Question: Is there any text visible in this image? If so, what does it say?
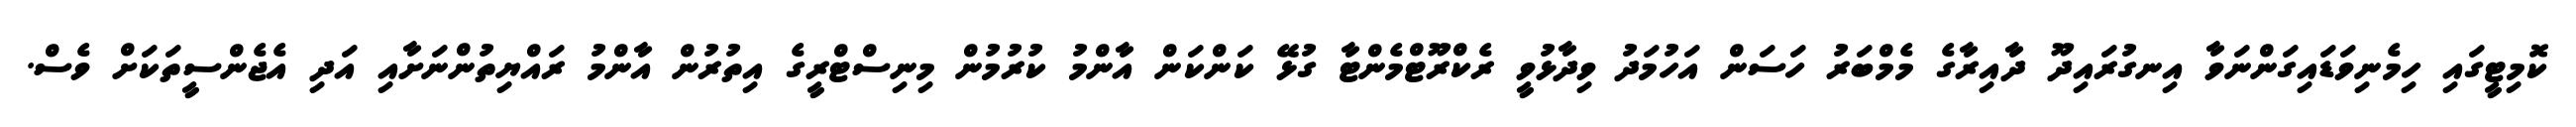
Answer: ކޮމިޓީގައި ހިމެނިވަޑައިގަންނަވާ އިނގުރައިދޫ ދާއިރާގެ މެމްބަރު ހަސަން އަހުމަދު ވިދާޅުވީ ރެކްރޫޓްމެންޓާ ގުޅޭ ކަންކަން އާންމު ކުރުމުން މިނިސްޓްރީގެ އިތުރުން އާންމު ރައްޔިތުންނަށާއި އަދި އެޖެންސީތަކަށް ވެސް.